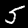
Label: 5